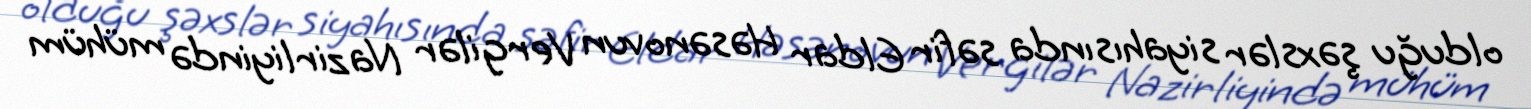
olduğu şəxslər siyahısında səfir Eldar Həsənovun Vergilər Nazirliyində mühüm